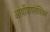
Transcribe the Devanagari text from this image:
आर्थोपायरोक्सिन